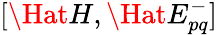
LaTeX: [\Hat{H},\Hat{E}_{pq}^{-}]